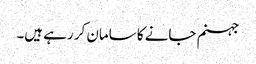
جہنم جانے کا سامان کر رہے ہیں۔